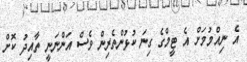
އެ ނިއްމުމަށް އެ ޓީމްގެ ގިނަ ކުޅުންތެރިން ވެސް އަންނަނީ ތާއިދު ކޮށް